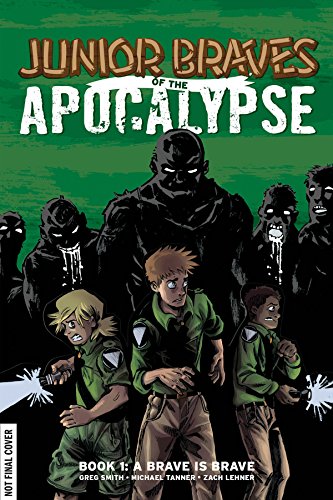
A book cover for Junior Braves of the Apocalypse Volume 1: A Brave is Brave (Junior Braves of the Apocalypse Hc); Greg Smith; Comics & Graphic Novels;